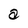
Character: a